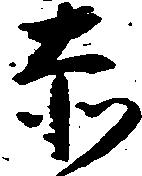
赤